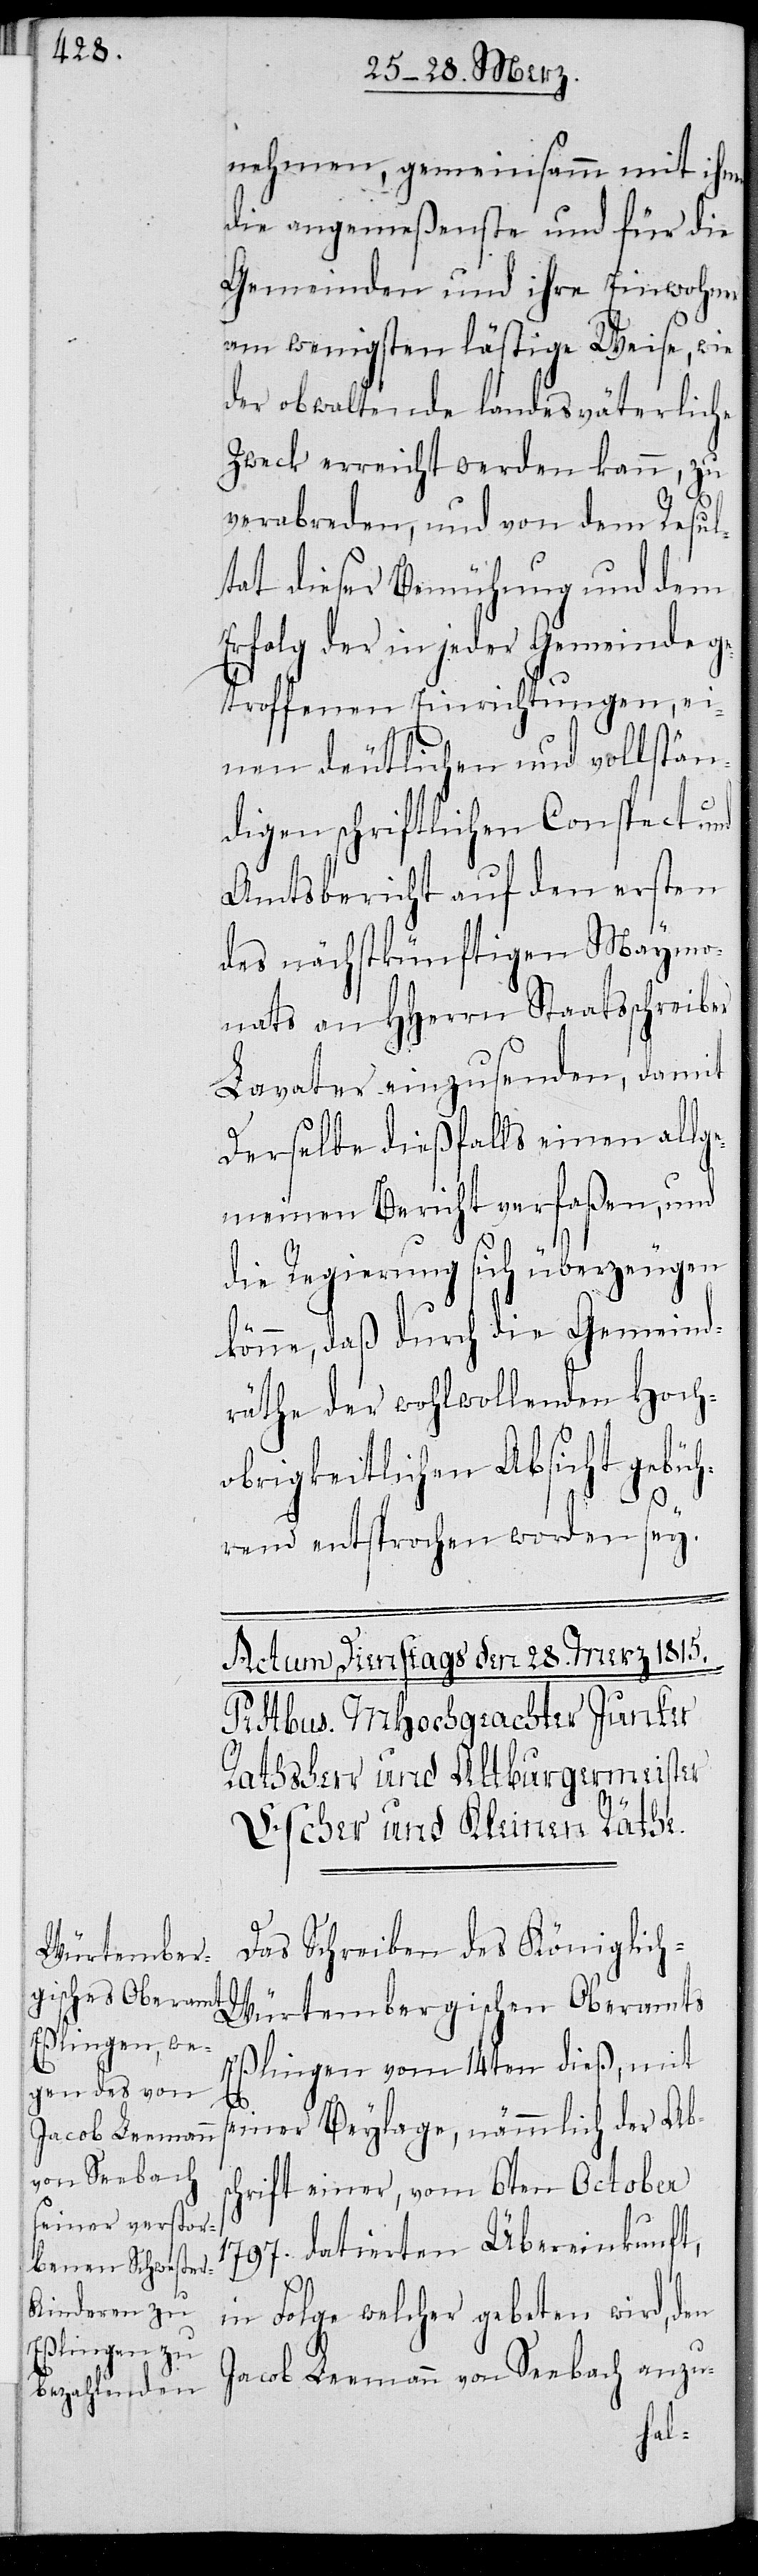
nehmen, gemeinsamm mit ihnen
die angemeßenste und für die
Gemeinden und ihre Einwohner
am wenigsten lästige Weise, wie
der obwaltende landesväterliche
Zweck erreicht werden kann, zu
ischen
verabreden, und von dem Resul¬
tat dieser Bemühung und dem
Erfolg der in jeder Gemeinde g¬
etroffenen Einrichtungen, ei¬
nen deutlichen und vollstän¬
digen schriftlichen Conspect und
Amtsbericht auf den ersten
des nächstkünftigen Maymo¬
nats an Herrn Staatsschreiber
Lavater einzusenden, damit
Derselbe dießfalls einen allge¬
meinen Bericht verfaßen, und
die Regierung sich überzeugen
könne, daß durch die Gemeind¬
räthe der wohlwollenden Hoch¬
obrigkeitlichen Absicht gebüh¬
rend entsprochen worden sey.
Das Schreiben des Königlic¬
h-Würtemberg¬
Eßlingen zum 14ten dieß, mit
s¬
einer Beylage, nämmlich der Abs¬
chrift einer, vom 6ten October
1797. datierten Übereinkunft,
in Folge welcher gebeten wird, den
Jacob Leemann von Seebach anzu-